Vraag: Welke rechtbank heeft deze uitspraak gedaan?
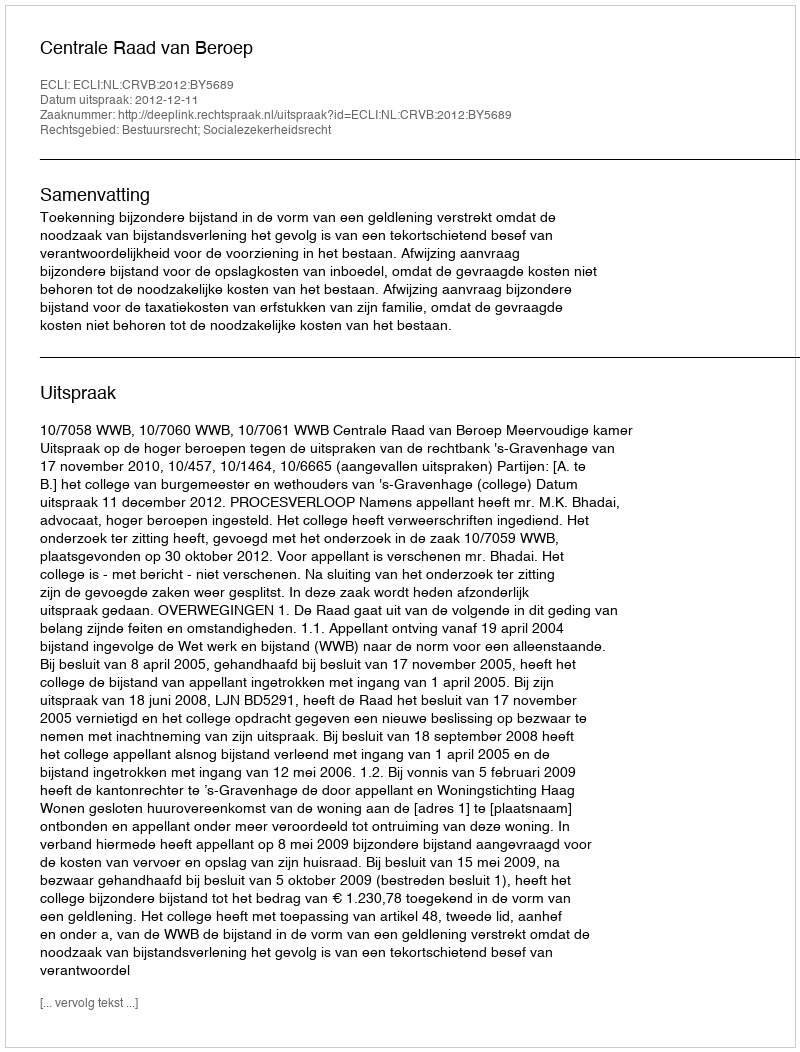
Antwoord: Centrale Raad van Beroep